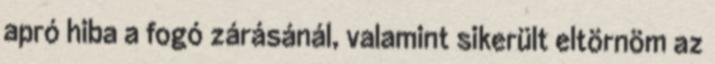
apró hiba a fogó zárásánál, valamint sikerült eltörnöm az